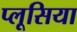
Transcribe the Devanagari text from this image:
प्लूसिया